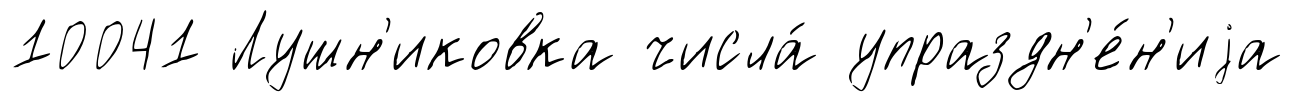
10041 Лушн'иковка числа́ упраздн'е́н'иjа